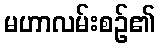
မဟာလမ်းစဉ်၏